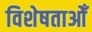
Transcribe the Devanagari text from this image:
विशेषताओँ